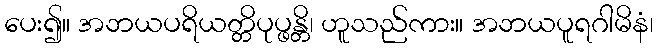
ပေး၍။ အဘယပရိယတ္တိပုပ္ဖန္တိ၊ ဟူသည်ကား။ အဘယပူရဂါမိနံ၊